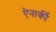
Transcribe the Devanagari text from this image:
ऐनार्की